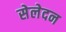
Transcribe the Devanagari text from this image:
सेलेदन